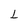
Character: L